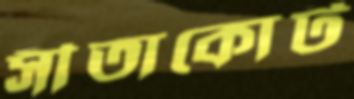
সীতাকোট